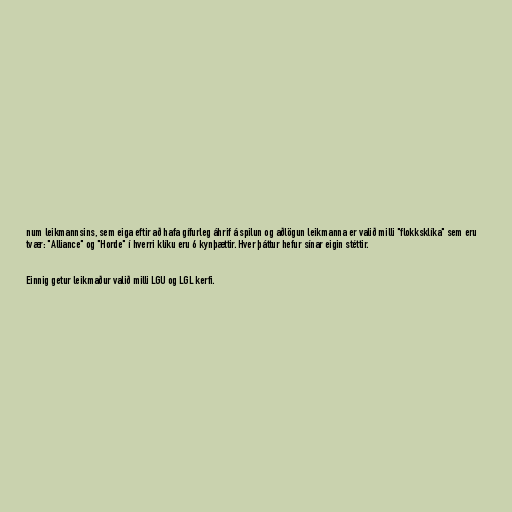
num leikmannsins, sem eiga eftir að hafa gífurleg áhrif á spilun og aðlögun leikmanna er valið milli "flokksklíka" sem eru
tvær: "Alliance" og "Horde" í hverri klíku eru 6 kynþættir. Hver þáttur hefur sínar eigin stéttir.

Einnig getur leikmaður valið milli LGU og LGL kerfi.